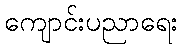
ကျောင်းပညာရေး